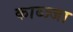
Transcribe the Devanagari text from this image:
काब्ज्जा